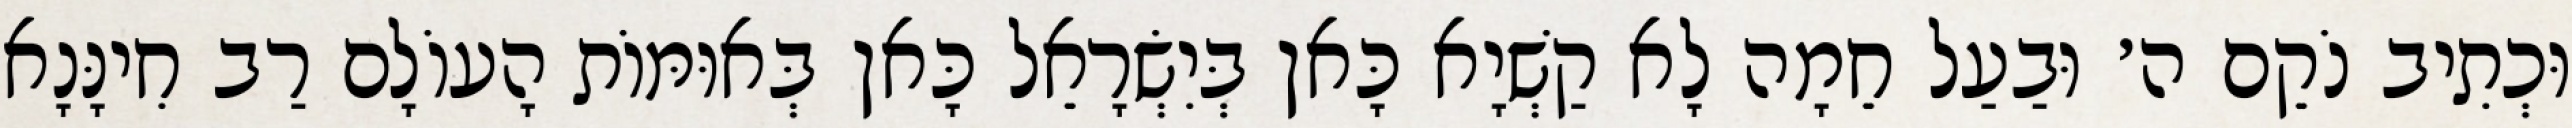
וּכְתִיב נֹקֵם ה׳ וּבַעַל חֵמָה לָא קַשְׁיָא כָּאן בְּיִשְׂרָאֵל כָּאן בְּאוּמּוֹת הָעוֹלָם רַב חִינָּנָא